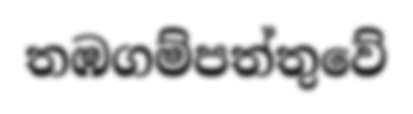
තඹගම්පත්තුවේ